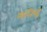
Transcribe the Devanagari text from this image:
मनिन्द्र